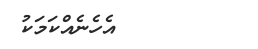
އެހެނެއްކަމަކު